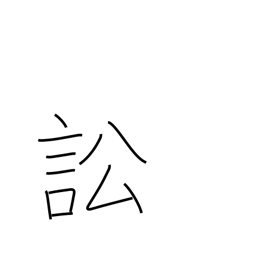
Meaning: accuse